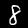
Label: 8